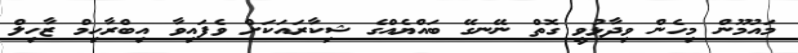
މައުމޫން މިހެން ވިދާޅުވީ ގޮތް ނޭނގޭ ބައްޔެއްގެ ޝިކާރައަކަށް ވެފައިވާ އިބްރާހިމް ޒާހިލް